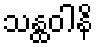
သန္ထဝါနိ